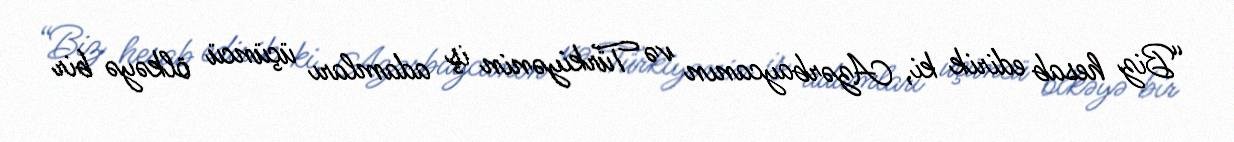
“Biz hesab edirik ki, Azərbaycanın və Türkiyənin iş adamları üçüncü ölkəyə bir